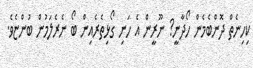
ކިހިނެތް ދޮޮންބެމެން ހޯދާނީ? ނޫރީން އެ ހަނި ގޯޅިތެރެއިން ބޯ ނެރެލަމުން ބުންޏެވެ.